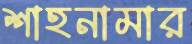
শাহনামার